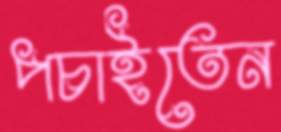
পচাইতেন